Civil Veterinary Dept. Bombay admin report 1914-1922 - 1914-1922
Year: 1914
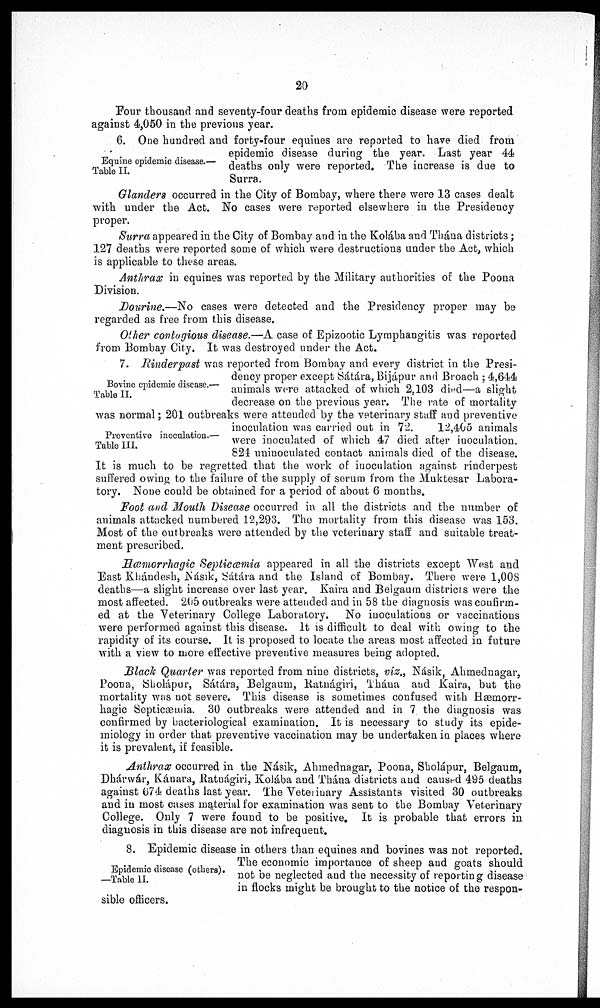
20
Four thousand and seventy-four deaths from epidemic disease were reported
against 4,050 in the previous year.
Equine opidemic disease.—
Table II.
6. One hundred and forty-four equines are reported to have died from
epidemic disease during the year. Last year 44
deaths only were reported. The increase is due to
Surra.
Glanders occurred in the City of Bombay, where there were 13 cases dealt
with under the Act. No cases were reported elsewhere in the Presidency
proper.
Surra appeared in the City of Bombay and in the Kolába and Thána districts;
127 deaths were reported some of which were destructions under the Act, which
is applicable to these areas.
Anthrax in equines was reported by the Military authorities of the Poona
Division.
Dourine.—No cases were detected and the Presidency proper may be
regarded as free from this disease.
Other contagious disease.—A case of Epizootic Lymphangitis was reported
from Bombay City. It was destroyed under the Act.
Bovine epidemie disease.—
Table II.
Preventive inoculation.—
Table III.
7. Rinderpast was reported from Bombay and every district in the Presi-
dency proper except Sátára, Bijápur and Broach ; 4,644
animals were attacked of which 2,103 died—a slight
decrease on the previous year. The rate of mortality
was normal; 201 outbreaks were attended by the veterinary staff and preventive
inoculation was carried out in 72.
12,405 animals
were inoculated of which 47 died after inoculation.
824 uninoculated contact animals died of the disease.
It is much to be regretted that the work of inoculation against rinderpest
suffered owing to the failure of the supply of serum from the Muktesar Labora-
tory. None could be obtained for a period of about 6 months.
Foot and Mouth Disease occurred in all the districts and the number of
animals attacked numbered 12,293. The mortality from this disease was 153.
Most of the outbreaks were attended by the veterinary staff and suitable treat-
ment prescribed.
Hæmorrhagic Septicæmia appeared in all the districts except West and
East Khándesh, Násik, Sátára and the Island of Bombay. There were 1,00S
deaths—a slight increase over last year. Kaira and Belgaum districts were the
most affected. 205 outbreaks were attended and in 58 the diagnosis was confirm-
ed at the Veterinary College Laboratory. No inoculations or vaccinations
were performed against this disease. It is difficult to deal with owing to the
rapidity of its course. It is proposed to locate the areas most affected in future
with a view to more effective preventive measures being adopted.
Black Quarter was reported from nine districts, viz., Násik, Ahmednagar,
Poona, Sholápur, Sátára, Belgaum, Ratnágiri, Thána and Kaira, but the
mortality was not severe. This disease is sometimes confused with Hæmorr-
hagic Septicæmia. 30 outbreaks were attended and in 7. the diagnosis was
confirmed by bacteriological examination. It is necessary to study its epide-
miology in order that preventive vaccination may be undertaken in places where
it is prevalent, if feasible.
Anthrax occurred in the Násik, Ahmednagar, Poona, Sholápur, Belgaum,
Dhárwár, Kánara, Ratnágiri, Kolába and Thána districts and caused 495 deaths
against 674 deaths last year. The Veterinary Assistants visited 30 outbreaks
and in most cases material for examination was sent to the Bombay Veterinary
College. Only 7 were found to be positive. It is probable that errors in
diagnosis in this disease are not infrequent.
Epidemic disease (others).
—Table II.
8. Epidemic disease in others than equines and bovines was not reported.
The economic importance of sheep and goats should,
not be neglected and the necessity of reporting disease
in flocks might be brought to the notice of the respon-
sible officers.